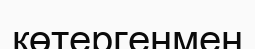
көтергенмен